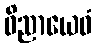
ဝိညာယေဝံ